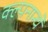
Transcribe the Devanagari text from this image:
क्ल्पनान्चे